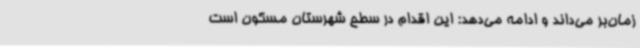
زمان‌بر می‌داند و ادامه می‌دهد: این اقدام در سطح شهرستان مسکون است